[Report on the health of British troops in the Madras command]
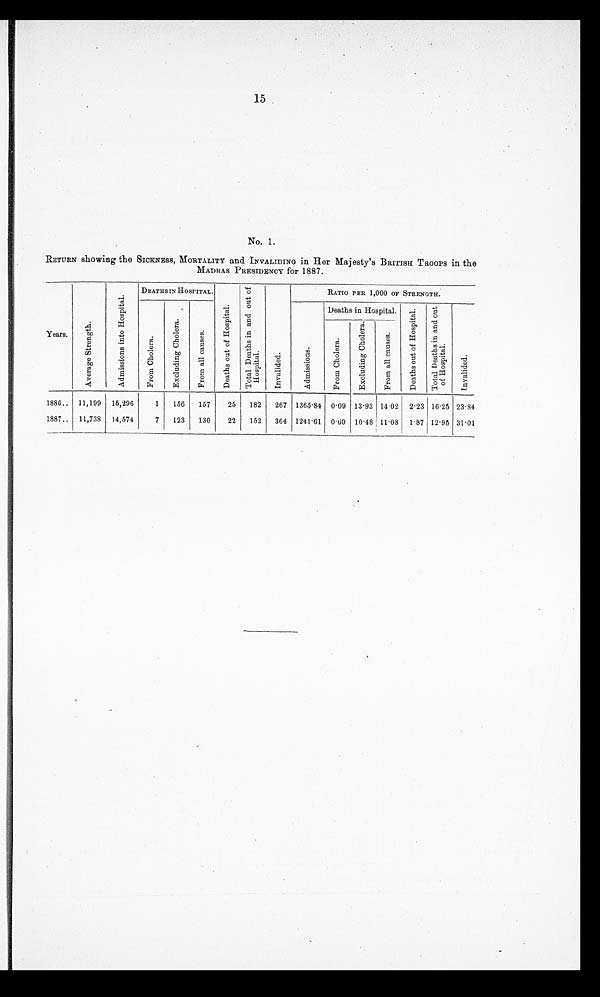
15
No. 1.
RETURN showing the SICKNESS, MORTALITY and INVALIDING in Her Majesty's BRITISH TROOPS in the
MADRAS PRESIDENCY for 1887.
Years.
A v e r a g e S t r e n g t h .
A d m i s s i o n s i n t o H o s p i t a l .
DEATHS IN HOSPITAL.
D e a t h s o u t o f H o s p i t a l .
T o t a l D e a t h s i n a n d o u t o f H o s p i t a l .
I n v a l i d e d .
RATIO PER 1,000 OF STRENGTH.
F r o m C h o l e r a .
E x c l u d i n g c h o l e r a .
F r o m a l l c a u s e s .
A d m i s s i o n s .
Deaths in Hospital.
D e a t h s o u t o f H o s p i t a l . T o t a l D e a t h s i n a n d o u t o f H o s p i t a l .
I n v a l i d e d .
F r o m C h o l e r a .
E x c l u d i n g c h o l e r a .
F r o m a l l c a u s e s .
1886.. 11,199 15,296
1
156
157
25
182
267 1365.84 0.09 13.93 14.02 2.23 16.25 23.84
1887.. 11,738
14,574
7
123
130
22
152
364 1241.61 0.60 10.48 11.08 1.87 12.95 31.01